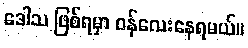
ဒေါသ ဖြစ်ရမှာ ဝန်လေးနေရမယ်။